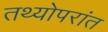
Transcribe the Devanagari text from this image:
तथ्योपरांत